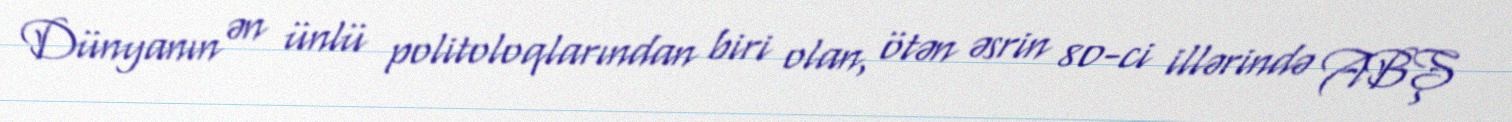
Dünyanın ən ünlü politoloqlarından biri olan, ötən əsrin 80-ci illərində ABŞ